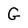
Character: G